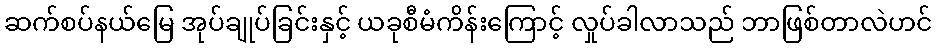
ဆက်စပ်နယ်မြေ အုပ်ချုပ်ခြင်းနှင့် ယခုစီမံကိန်းကြောင့် လှုပ်ခါလာသည် ဘာဖြစ်တာလဲဟင်